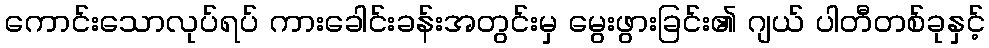
ကောင်းသောလုပ်ရပ် ကားခေါင်းခန်းအတွင်းမှ မွေးဖွားခြင်း၏ ဂျယ် ပါတီတစ်ခုနှင့်